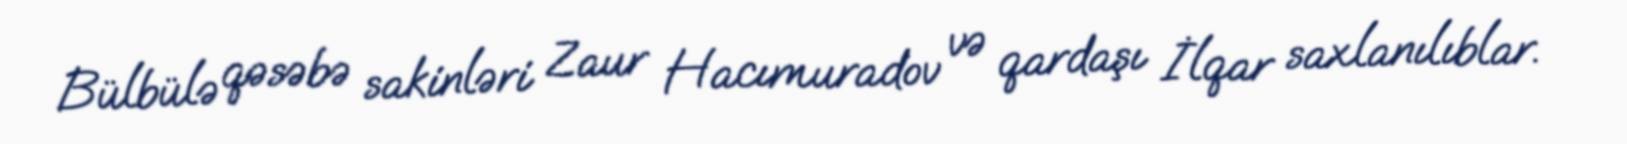
Bülbülə qəsəbə sakinləri Zaur Hacımuradov və qardaşı İlqar saxlanılıblar.